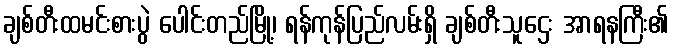
ချစ်တီးထမင်းစားပွဲ ပေါင်းတည်မြို့၊ ရန်ကုန်ပြည်လမ်းရှိ ချစ်တီးသူဌေး အာရနကြီး၏